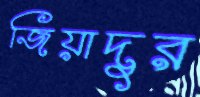
জিয়াদুর